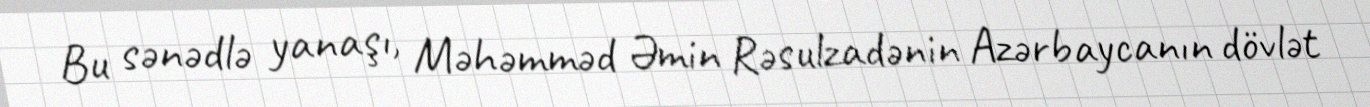
Bu sənədlə yanaşı, Məhəmməd Əmin Rəsulzadənin Azərbaycanın dövlət